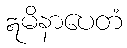
ဣမိနာပေတံ